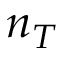
n _ { T }